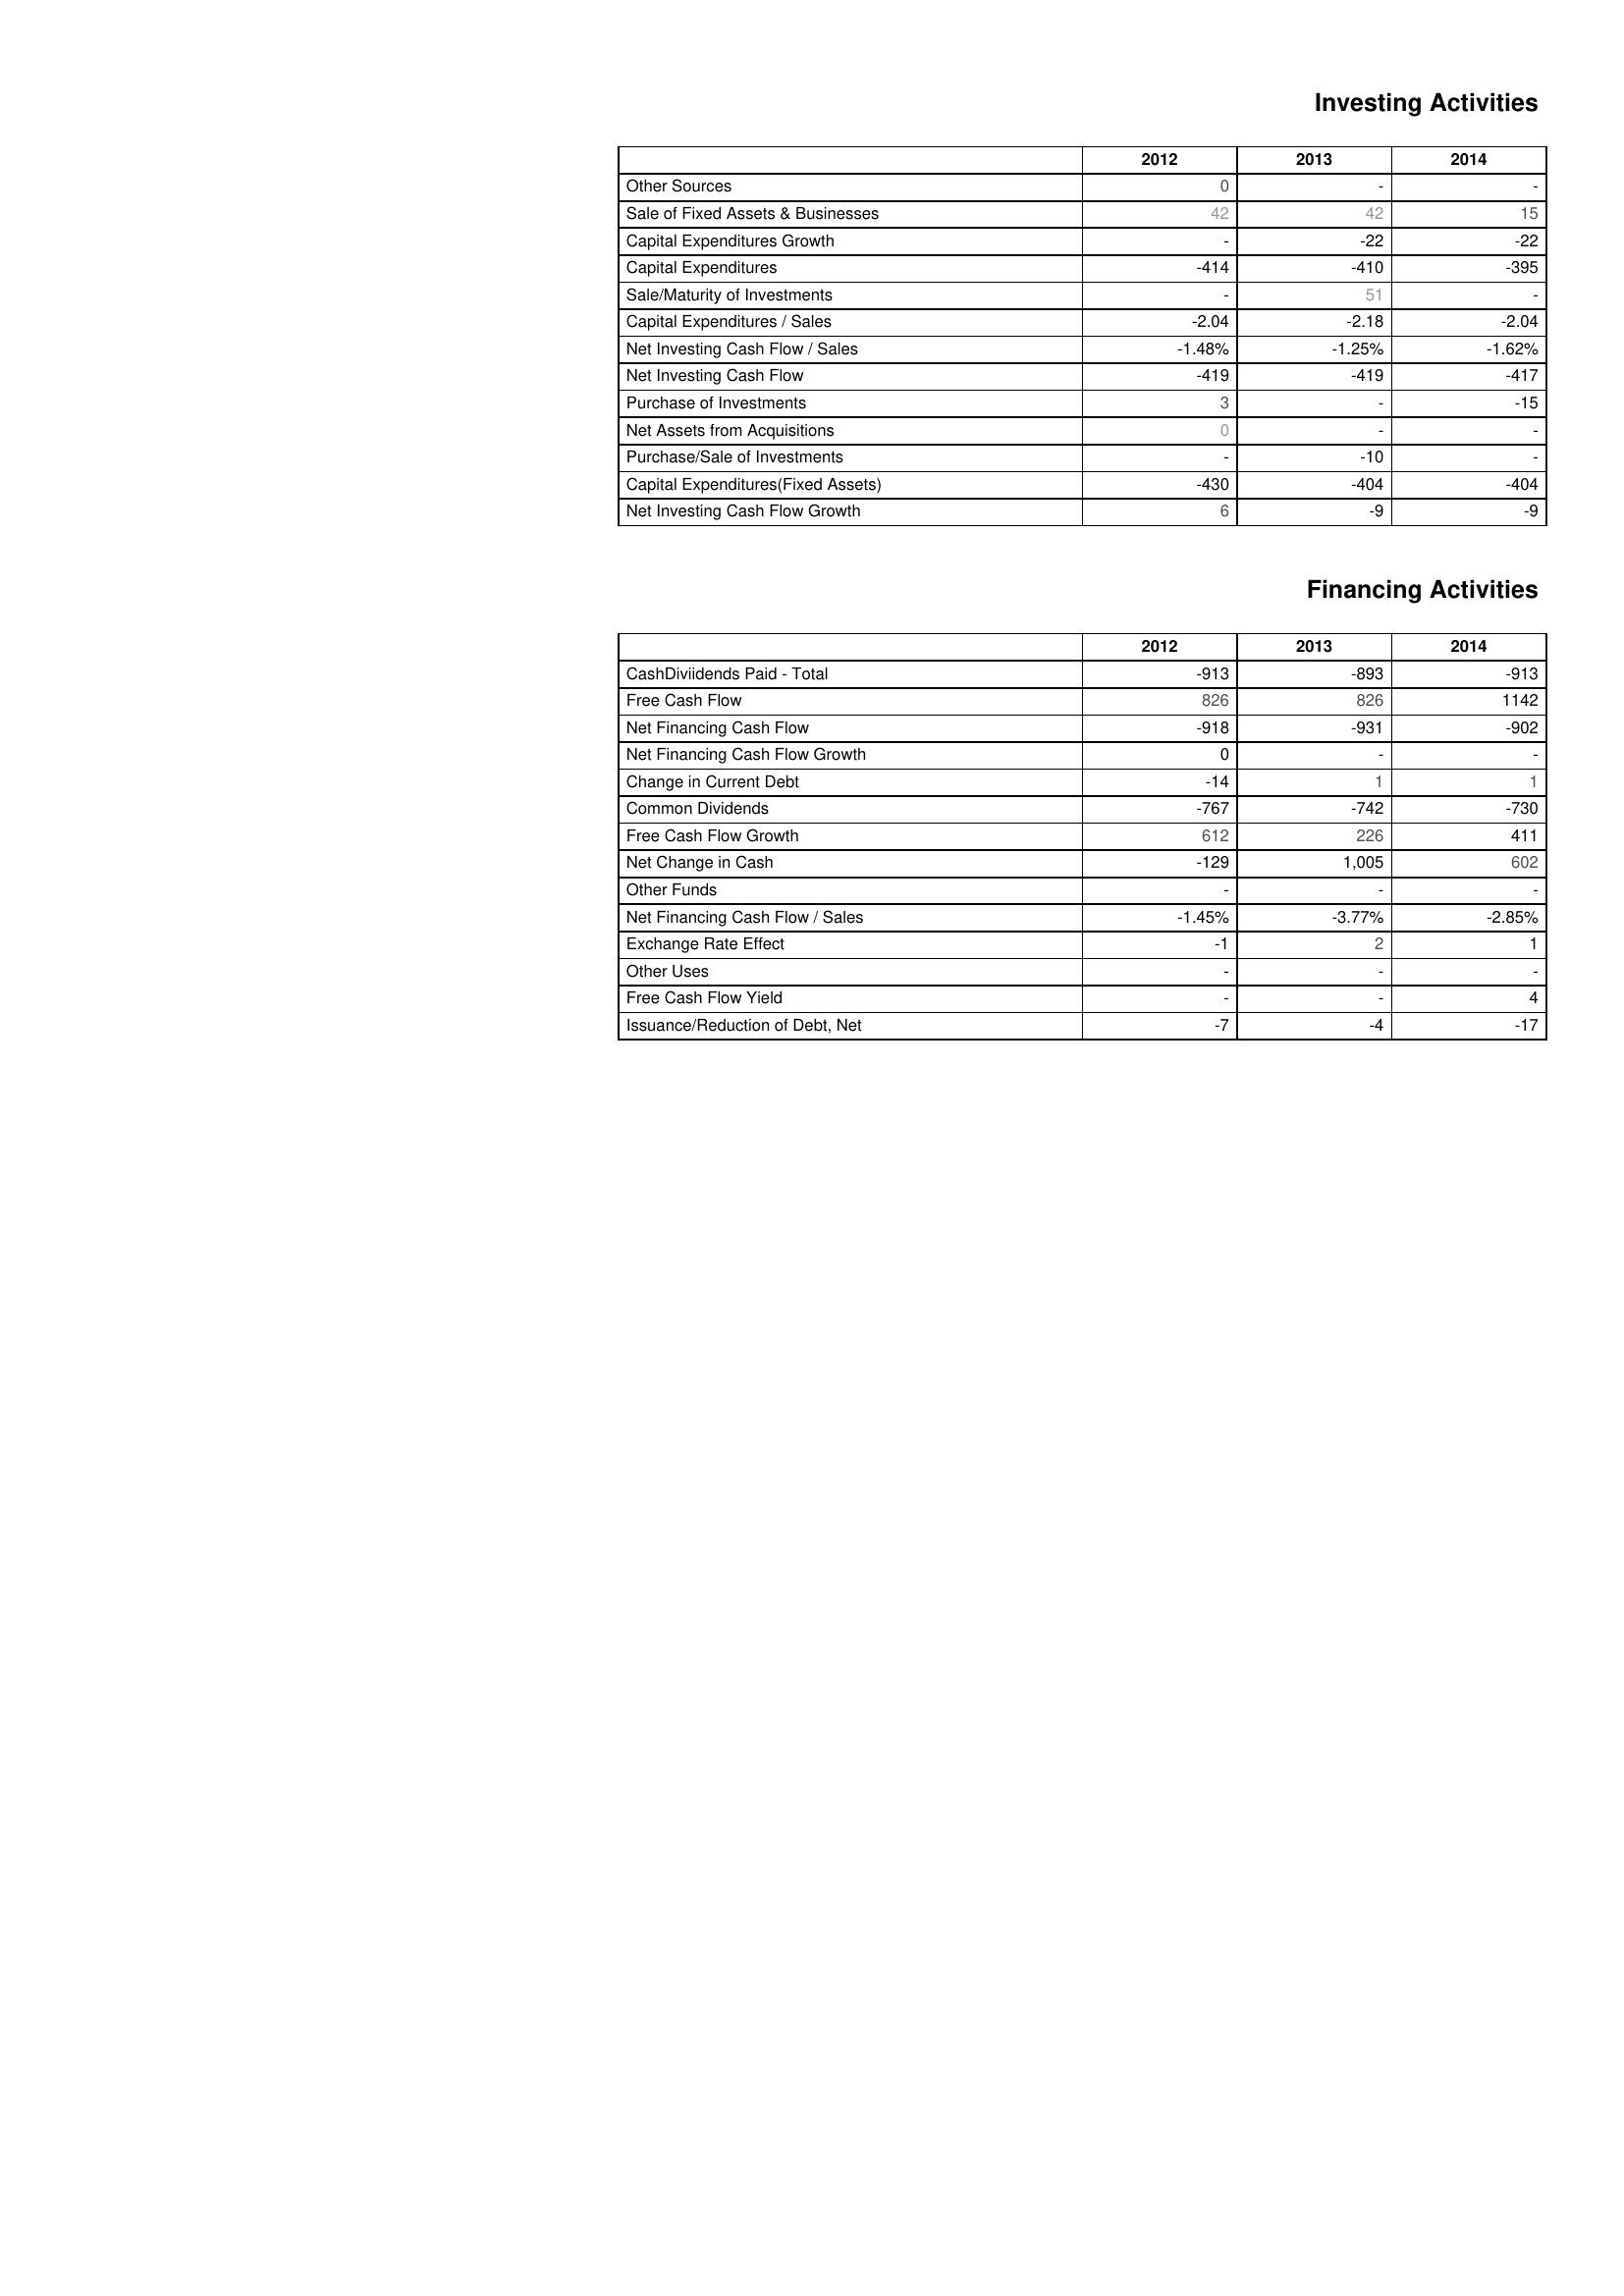
2012: Investing Activities: Other Sources: 0
Sale of Fixed Assets & Businesses: 42
Capital Expenditures Growth: -
Capital Expenditures: -414
Sale/Maturity of Investments: -
Capital Expenditures / Sales: -2.04
Net Investing Cash Flow / Sales: -1.48%
Net Investing Cash Flow: -419
Purchase of Investments: 3
Net Assets from Acquisitions: 0
Purchase/Sale of Investments: -
Capital Expenditures(Fixed Assets): -430
Net Investing Cash Flow Growth: 6
Financing Activities: CashDiviidends Paid - Total: -913
Free Cash Flow: 826
Net Financing Cash Flow: -918
Net Financing Cash Flow Growth: 0
Change in Current Debt: -14
Common Dividends: -767
Free Cash Flow Growth: 612
Net Change in Cash: -129
Other Funds: -
Net Financing Cash Flow / Sales: -1.45%
Exchange Rate Effect: -1
Other Uses: -
Free Cash Flow Yield: -
Issuance/Reduction of Debt, Net: -7
2013: Investing Activities: Other Sources: -
Sale of Fixed Assets & Businesses: 42
Capital Expenditures Growth: -22
Capital Expenditures: -410
Sale/Maturity of Investments: 51
Capital Expenditures / Sales: -2.18
Net Investing Cash Flow / Sales: -1.25%
Net Investing Cash Flow: -419
Purchase of Investments: -
Net Assets from Acquisitions: -
Purchase/Sale of Investments: -10
Capital Expenditures(Fixed Assets): -404
Net Investing Cash Flow Growth: -9
Financing Activities: CashDiviidends Paid - Total: -893
Free Cash Flow: 826
Net Financing Cash Flow: -931
Net Financing Cash Flow Growth: -
Change in Current Debt: 1
Common Dividends: -742
Free Cash Flow Growth: 226
Net Change in Cash: 1,005
Other Funds: -
Net Financing Cash Flow / Sales: -3.77%
Exchange Rate Effect: 2
Other Uses: -
Free Cash Flow Yield: -
Issuance/Reduction of Debt, Net: -4
2014: Investing Activities: Other Sources: -
Sale of Fixed Assets & Businesses: 15
Capital Expenditures Growth: -22
Capital Expenditures: -395
Sale/Maturity of Investments: -
Capital Expenditures / Sales: -2.04
Net Investing Cash Flow / Sales: -1.62%
Net Investing Cash Flow: -417
Purchase of Investments: -15
Net Assets from Acquisitions: -
Purchase/Sale of Investments: -
Capital Expenditures(Fixed Assets): -404
Net Investing Cash Flow Growth: -9
Financing Activities: CashDiviidends Paid - Total: -913
Free Cash Flow: 1142
Net Financing Cash Flow: -902
Net Financing Cash Flow Growth: -
Change in Current Debt: 1
Common Dividends: -730
Free Cash Flow Growth: 411
Net Change in Cash: 602
Other Funds: -
Net Financing Cash Flow / Sales: -2.85%
Exchange Rate Effect: 1
Other Uses: -
Free Cash Flow Yield: 4
Issuance/Reduction of Debt, Net: -17